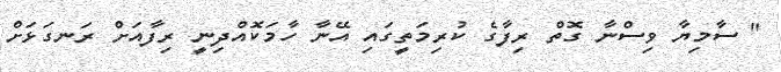
" ސާމިޔާ ވިސްނާ ގޮތް ރިފާގެ ކުރިމަތީގައި އޭނާ ހާމަކޮއްދިނީ ރިފާއަށް ރަނގަޅަށް